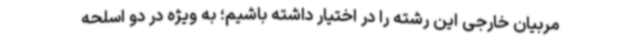
مربیان خارجی این رشته را در اختیار داشته باشیم؛ به ویژه در دو اسلحه